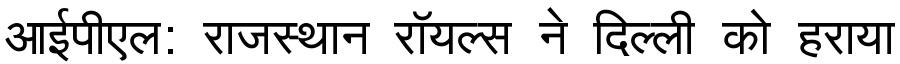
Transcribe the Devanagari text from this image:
आईपीएल: राजस्थान रॉयल्स ने दिल्ली को हराया